65_HS1-834228961_62-HQ-83894_Section_9
Agency: FBI
Page 278
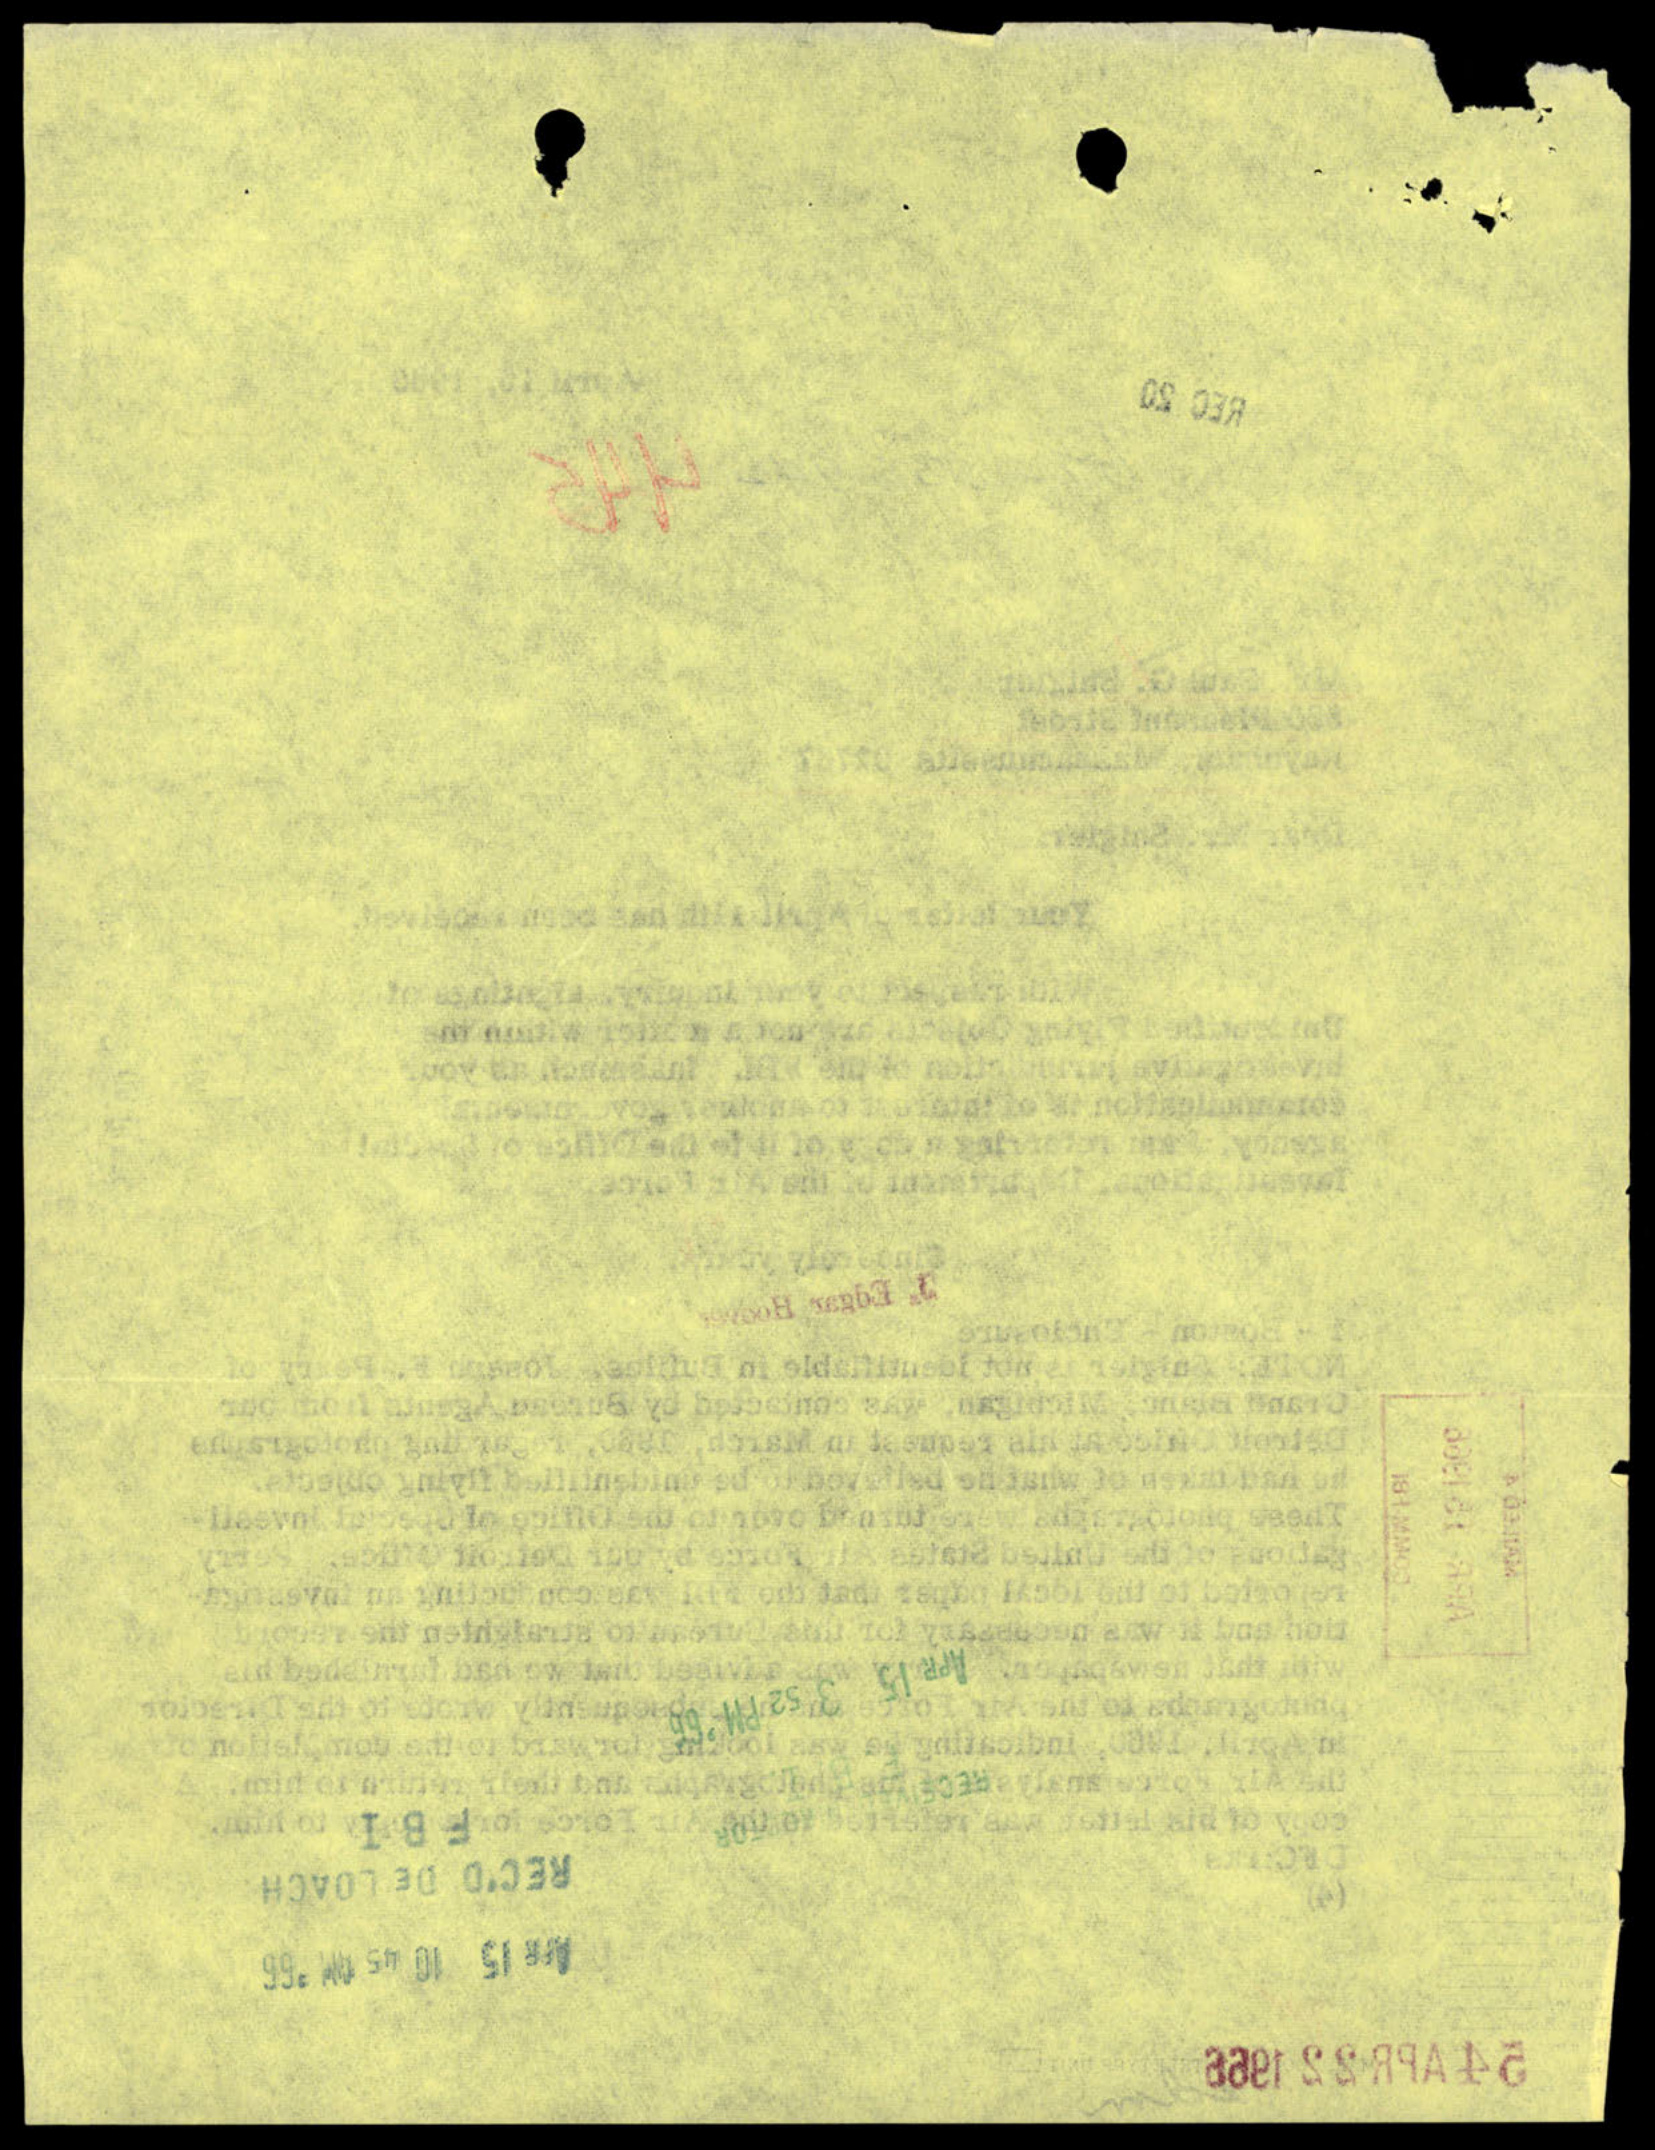